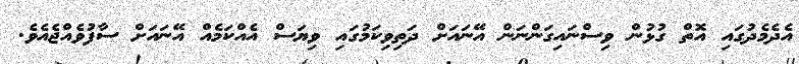
އެދެމެދުގައި އޮތް ގުޅުން ވިސްނައިގަންނަން އޭނައަށް ދަތިވިކަމުގައި ވިޔަސް އެއްކަމެއް އޭނައަށް ސާފުވެއްޖެއެވެ.